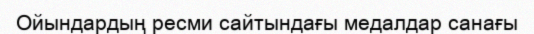
Ойындардың ресми сайтындағы медалдар санағы